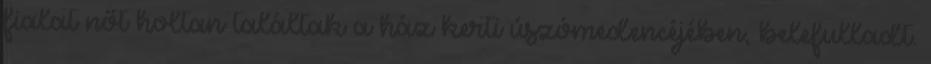
fialat nőt holtan találtak a ház kerti úszómedencéjében, belefulladt.